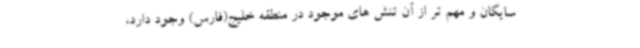
سایگان و مهم تر از آن تنش های موجود در منطقه خلیج(فارس) وجود دارد،